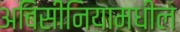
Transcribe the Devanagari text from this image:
अबिसीनियामधील